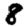
Digit: 8